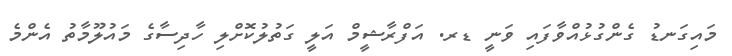
މައިގަނޑު ގެންގުޅުއްވާފައި ވަނީ ޑރ. އަފްރާޝީމް އަލީ ގަތުލުކޮށްލި ހާދިސާގެ މައުލޫމާތު އެންމެ